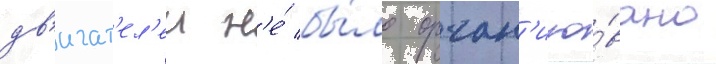
дв'игат'ел'еи н'е́ бы́ло орган'изо́вано